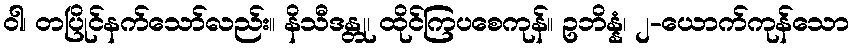
ဝါ၊ တပြိုင်နက်သော်လည်း။ နိသီဒန္တု၊ ထိုင်ကြပစေကုန်။ ဥဘိန္နံ၊ ၂-ယောက်ကုန်သော